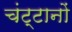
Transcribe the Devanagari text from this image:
चंट्टानों